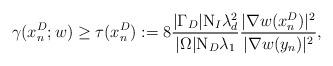
LaTeX: \begin{align*}\gamma(x_n^D;w)\ge \tau(x_n^D):=8\frac{|\Gamma_D|\mathrm{N}_I \lambda_d^2}{|\Omega|\mathrm{N}_D\lambda_1}\frac{|\nabla w(x_n^D)|^2 }{|\nabla w(y_n)|^2 }, \end{align*}